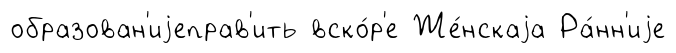
образован'иjеправ'ить вско́р'е Же́нскаjа Ра́нн'иjе